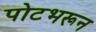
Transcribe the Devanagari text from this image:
पोटभरून